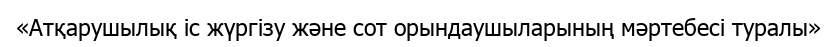
«Атқарушылық iс жүргiзу және сот орындаушыларының мәртебесi туралы»